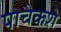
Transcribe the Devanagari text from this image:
पाचेकशे